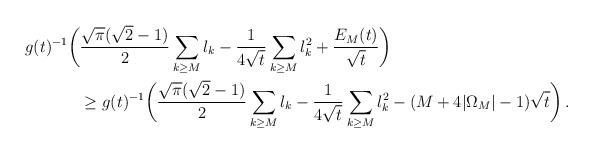
LaTeX: \begin{align*}\begin{aligned} g(t)^{-1}\biggl(& \frac{\sqrt{\pi}(\sqrt{2}-1)}{2}\sum_{k\geq M}l_k-\frac{1}{4\sqrt{t}}\sum_{k\geq M}l_k^2+\frac{E_M(t)}{\sqrt{t}} \biggr)\\ &\geq g(t)^{-1}\biggl( \frac{\sqrt{\pi}(\sqrt{2}-1)}{2}\sum_{k\geq M}l_k-\frac{1}{4\sqrt{t}}\sum_{k\geq M}l_k^2-(M+4|\Omega_M|-1)\sqrt{t} \biggr)\,.\end{aligned}\end{align*}